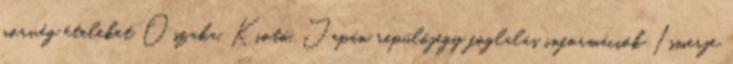
norvég ételeket Oszaka, Kiotó, Japán repülőjegy foglalás információk Ismerje